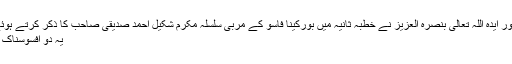
(حضور انور ایدہ اللہ تعالیٰ بنصرہ العزیز نے خطبہ ثانیہ میں بورکینا فاسو کے مربی سلسلہ مکرم شکیل احمد صدیقی صاحب کا ذکر کرتے ہوئے فرمایا)
یہ دو افسوسناک اعلان ہیں۔